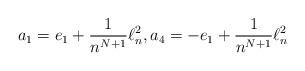
LaTeX: \begin{align*}a_1= e_1+ \frac{1}{n^{N+1}}\ell^2_n,a_4= -e_1+\frac{1}{n^{N+1}}\ell^2_n\end{align*}